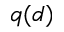
q ( d )